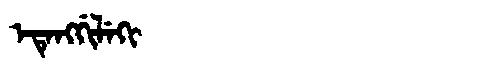
Manchu: ᡝᡨᡝᠩᡤᡳᠯᡝᡴᡳ
Romanization: ETENGGILEKI